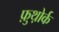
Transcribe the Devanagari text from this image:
फ़ुथ़ोर्क